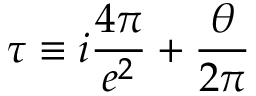
\tau \equiv i \frac { 4 \pi } { e ^ { 2 } } + \frac { \theta } { 2 \pi }